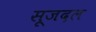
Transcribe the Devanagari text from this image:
सूजदल